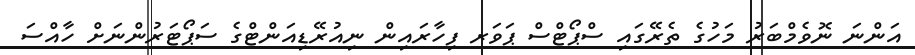
އަންނަ ނޮވެމްބަރު މަހުގެ ތެރޭގައި ސްޕޯޓްސް ޕަވަރ ފިހާރައިން ނިއުރޭޑިއަންޓްގެ ސަޕޯޓަރުންނަށް ހާއްސަ